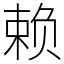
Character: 赖